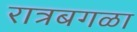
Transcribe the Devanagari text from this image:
रात्रबगळा